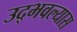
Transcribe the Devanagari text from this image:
उद्भवल्यास